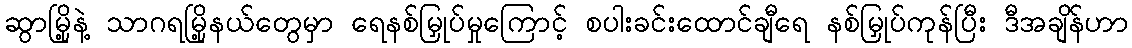
ဆွာမြို့နဲ့ သာဂရမြို့နယ်တွေမှာ ရေနစ်မြှုပ်မှုကြောင့် စပါးခင်းထောင်ချီရေ နစ်မြှုပ်ကုန်ပြီး ဒီအချိန်ဟာ